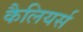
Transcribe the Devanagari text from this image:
कैलियर्स